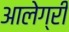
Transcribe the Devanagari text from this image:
आलेग्री